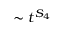
\sim t ^ { S _ { 4 } }